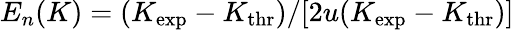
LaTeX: E_{n}(K)=(K_{\mathrm{exp}}-K_{\mathrm{thr}})/[2u(K_{\mathrm{exp}}-K_{\mathrm{thr}})]